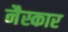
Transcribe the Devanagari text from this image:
नैस्कार